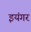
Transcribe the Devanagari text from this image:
इयंगर